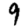
Digit: 9